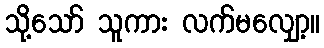
သို့သော် သူကား လက်မလျှော့။